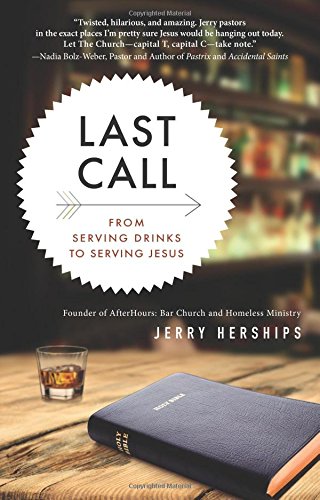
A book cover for Last Call: From Serving Drinks to Serving Jesus; Jerry Herships; Biographies & Memoirs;